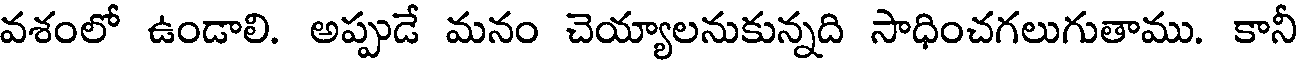
వశంలో ఉండాలి. అప్పుడే మనం చెయ్యాలనుకున్నది సాధించగలుగుతాము. కానీ